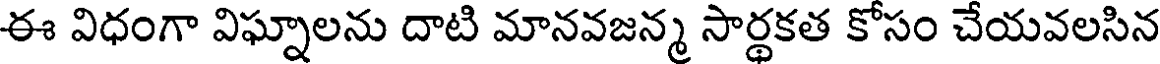
ఈ విధంగా విఘ్నాలను దాటి మానవజన్మ సార్థకత కోసం చేయవలసిన